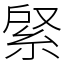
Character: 䋜